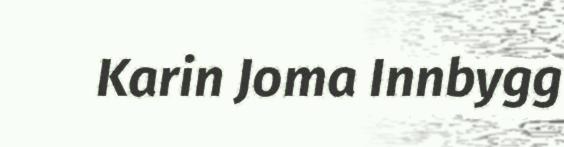
Karin Joma Innbygg